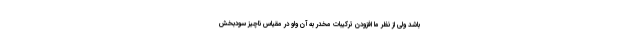
باشد ولی از نظر ما افزودن ترکیبات مخدر به آن ولو در مقیاس ناچیز سودبخش